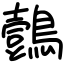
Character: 鷧